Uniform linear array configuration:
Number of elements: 12
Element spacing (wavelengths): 0.75
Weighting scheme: cosine
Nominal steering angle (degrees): -30
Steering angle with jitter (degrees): -31.117
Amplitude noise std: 0.05
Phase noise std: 0.05

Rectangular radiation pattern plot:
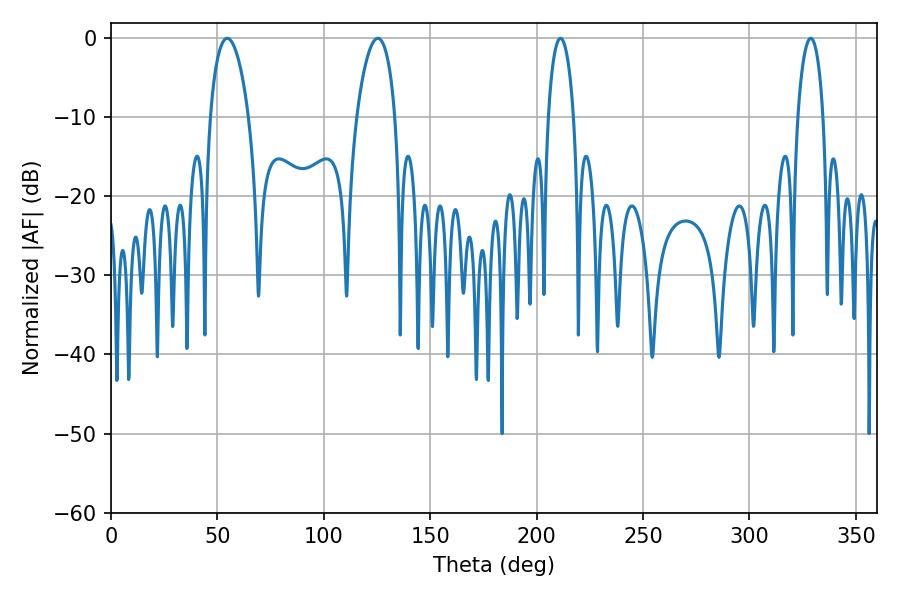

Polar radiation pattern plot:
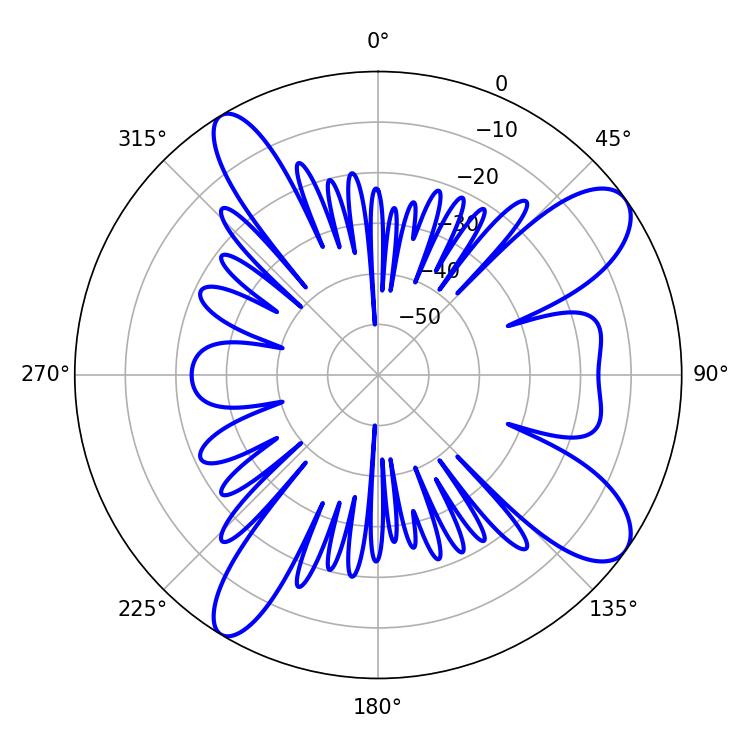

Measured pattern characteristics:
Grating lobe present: TRUE
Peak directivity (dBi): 10.271
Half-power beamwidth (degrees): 10.26
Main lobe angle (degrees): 54.54